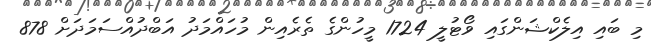
މި ބައި އިލެކްޝަންގައި ވޯޓުލީ 1724 މީހުންގެ ތެރެއިން މުހައްމަދު އަބްދުއްސަމަދަށް 878